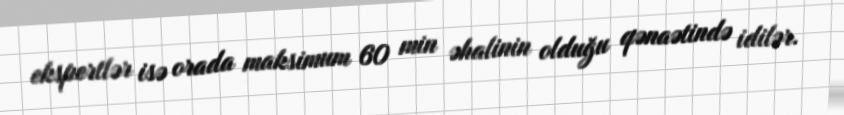
ekspertlər isə orada maksimum 60 min əhalinin olduğu qənaətində idilər.